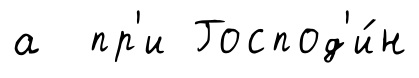
а пр'и Господ'и́н